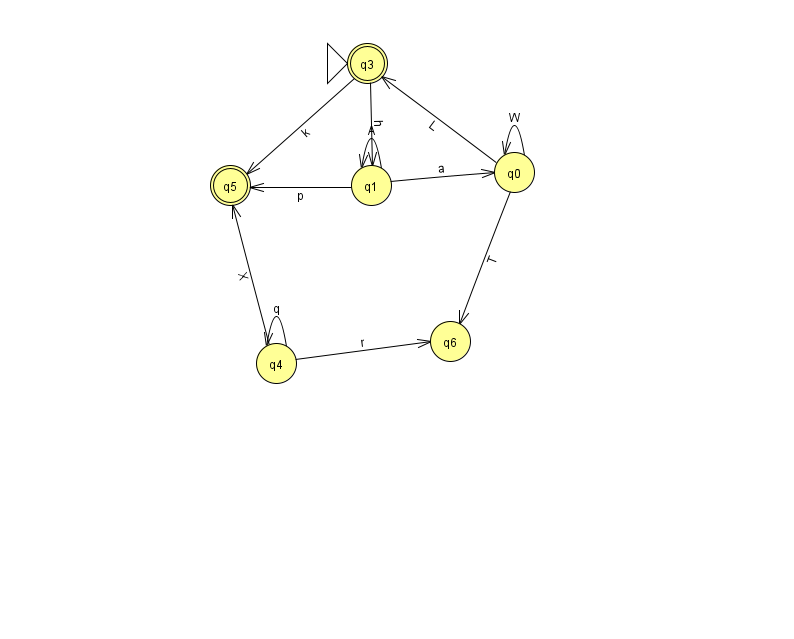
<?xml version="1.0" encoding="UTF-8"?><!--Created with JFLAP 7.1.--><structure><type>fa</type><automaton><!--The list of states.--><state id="0" name="q0"><x>514.0</x><y>159.0</y></state><state id="1" name="q1"><x>371.0</x><y>172.0</y></state><state id="3" name="q3"><x>367.0</x><y>50.0</y><initial/><final/></state><state id="4" name="q4"><x>276.0</x><y>350.0</y></state><state id="5" name="q5"><x>230.0</x><y>172.0</y><final/></state><state id="6" name="q6"><x>450.0</x><y>328.0</y></state><!--The list of transitions.--><transition><from>3</from><to>5</to><read>k</read></transition><transition><from>1</from><to>1</to><read>A</read></transition><transition><from>4</from><to>4</to><read>q</read></transition><transition><from>4</from><to>6</to><read>r</read></transition><transition><from>0</from><to>0</to><read>W</read></transition><transition><from>1</from><to>0</to><read>a</read></transition><transition><from>0</from><to>6</to><read>T</read></transition><transition><from>3</from><to>1</to><read>h</read></transition><transition><from>4</from><to>5</to><read>X</read></transition><transition><from>0</from><to>3</to><read>L</read></transition><transition><from>1</from><to>5</to><read>p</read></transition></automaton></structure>